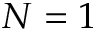
N = 1